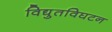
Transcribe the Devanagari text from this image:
विद्युतविघटन